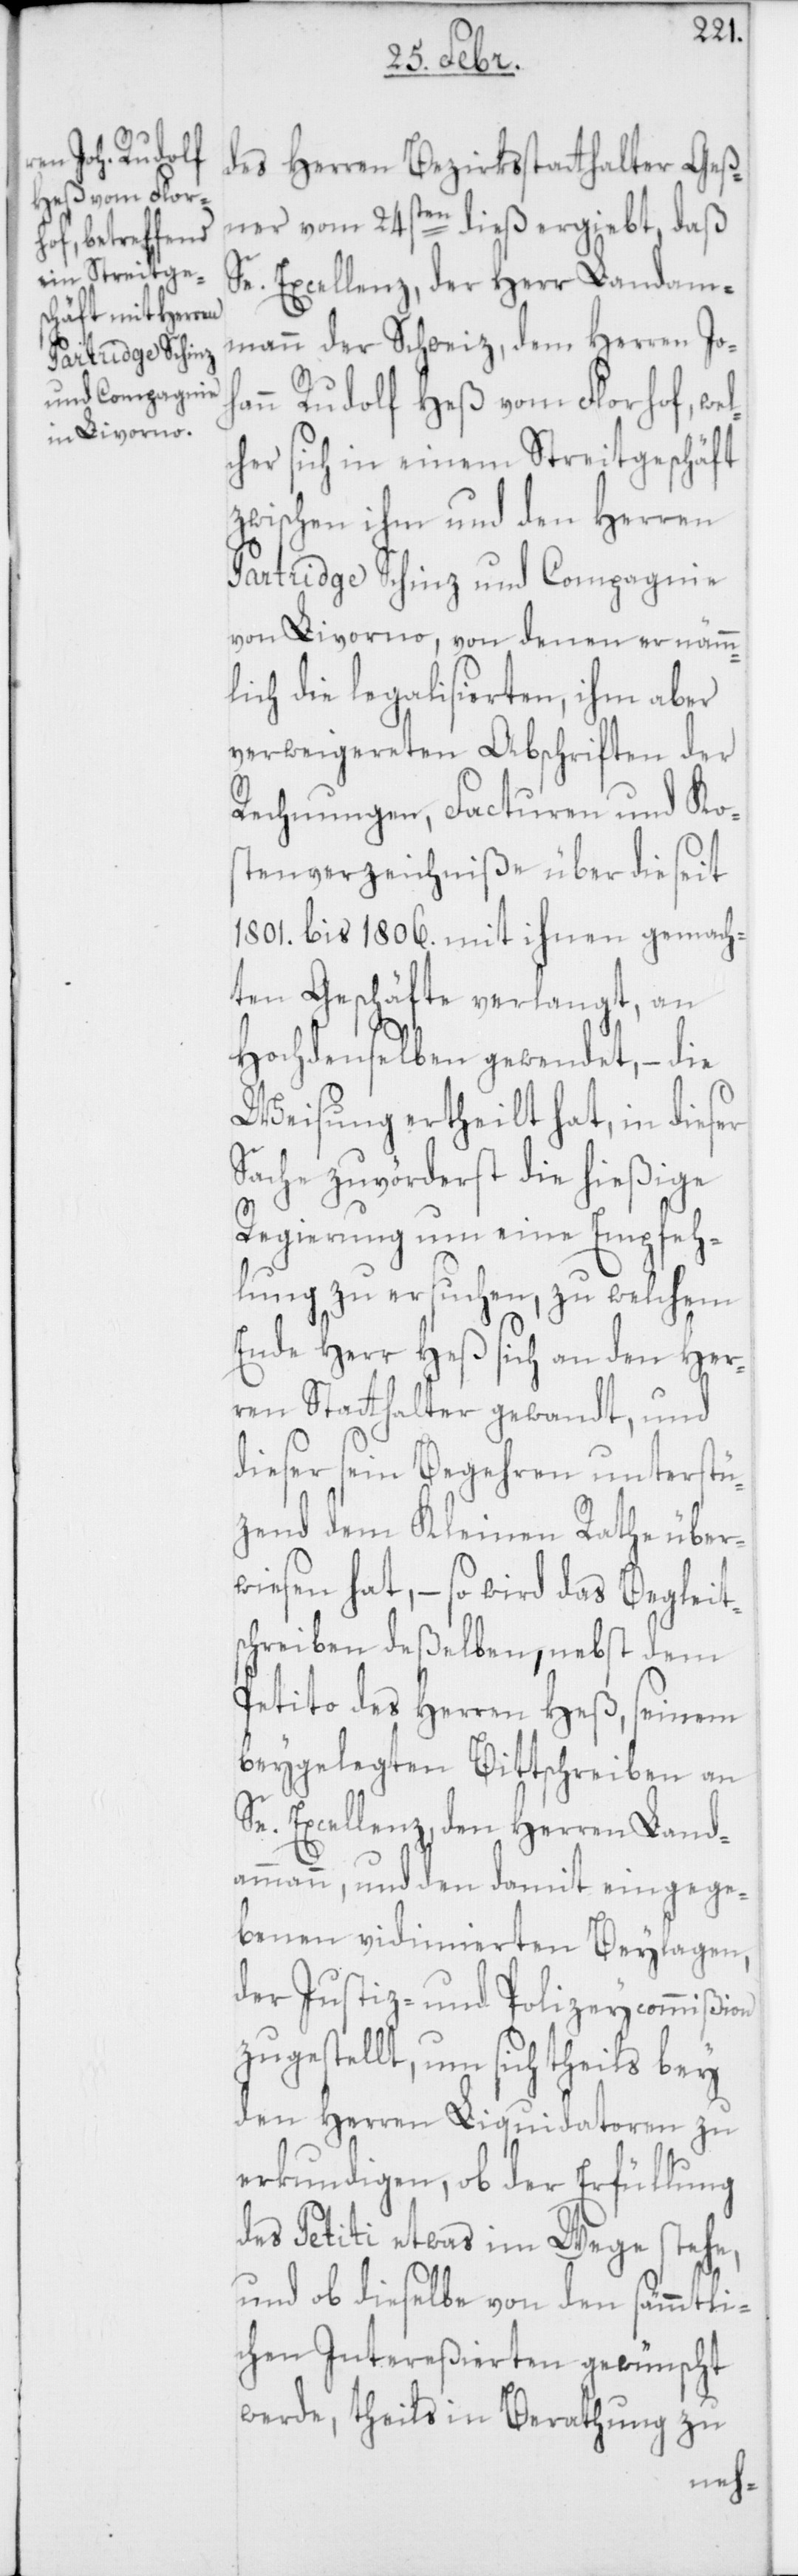
des Herren Bezirksstatthalter Geß¬
ner vom 24sten dieß ergiebt, daß
Se. Excellenz, der Herr Landam¬
mann der Schweiz, dem Herren Joh¬
ann Rudolf Heß vom Florhof, we¬
her sich in einem Streitgeschäft
zwischen ihm und den Herren
Partridge Schinz und Compagnie
von Livorno, von denen er nämm¬
lich die legalisierten, ihm aber
verweigereten Abschriften der
Rechnungen, Facturen und Ko¬
stenverzeichniße über die seit
1801. bis 1806. mit ihnen gemach¬
ten Geschäfte verlangt, an
hochdenselben gewendet, – die
Weisung ertheilt hat, in dieser
Sache zuvörderst die hießige
Regierung um eine Empfeh¬
lung zu ersuchen, zu welchem
Ende Herr Heß sich an den Her¬
ren Statthalter gewandt, und
dieser sein Begehren unterstü¬
zend dem Kleinen Rathe über¬
wiesen hat, – so wird das Begleit¬
schreiben deßelben, nebst dem
Petito des Herren Heß, seinem
beygelegten Bittschreiben an
Se. Excellenz, den Herren Land¬
ammann, und den damit eingege¬
benen vidimierten Beylagen,
der Justiz- und Polizeycommißion
zugestellt, um sich theils bey
den Herren Liquidatoren zu
erkundigen, ob der Erfüllung
des Petiti etwas im Wege stehe,
und ob dieselbe von den sämmtli¬
chen Intereßierten gewünscht
werde, theils in Berathung zu
lc¬